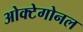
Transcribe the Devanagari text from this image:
ओक्टेगोनल